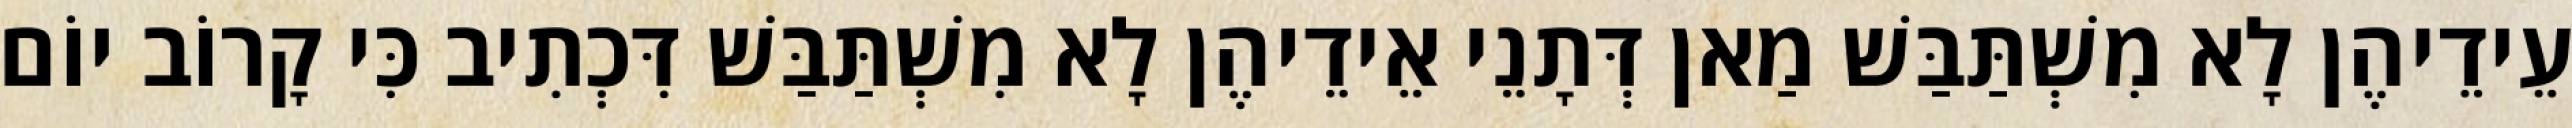
עֵידֵיהֶן לָא מִשְׁתַּבַּשׁ מַאן דְּתָנֵי אֵידֵיהֶן לָא מִשְׁתַּבַּשׁ דִּכְתִיב כִּי קָרוֹב יוֹם